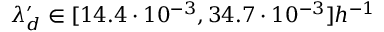
\lambda _ { d } ^ { \prime } \in [ 1 4 . 4 \cdot 1 0 ^ { - 3 } , 3 4 . 7 \cdot 1 0 ^ { - 3 } ] h ^ { - 1 }